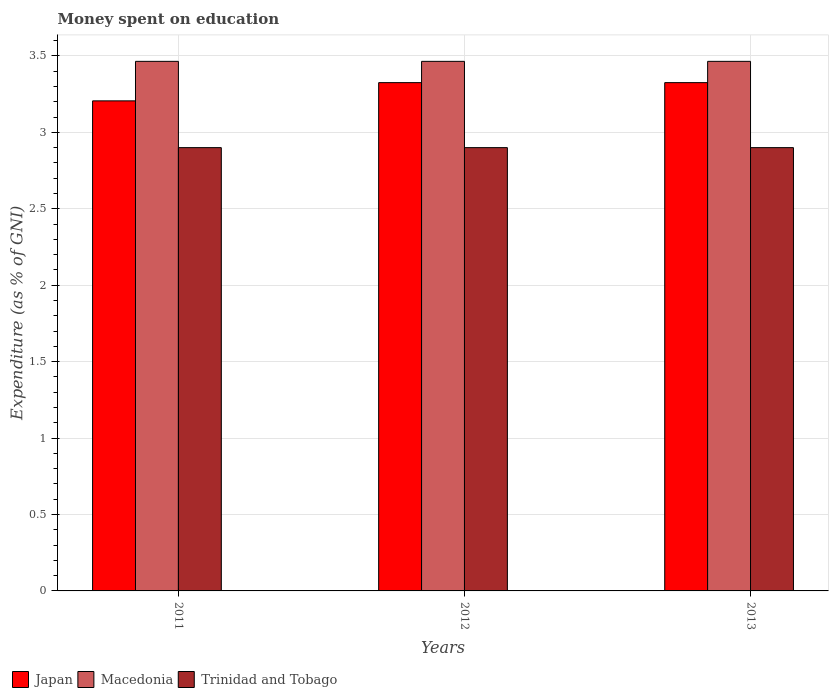
| Years | Japan | Macedonia | Trinidad and Tobago |
 | --- | --- | --- | --- |
 | 2011 | 3.21 | 3.46 | 2.9 |
 | 2012 | 3.33 | 3.46 | 2.9 |
 | 2013 | 3.33 | 3.46 | 2.9 |